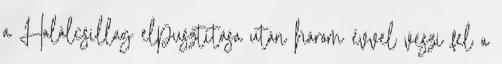
a Halálcsillag elpusztítása után három évvel veszi fel a